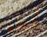
ارجاء